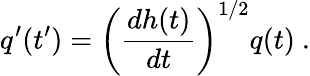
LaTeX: q^{\prime}(t^{\prime})=\left(\frac{dh(t)}{dt}\right)^{1/2}q(t)\ .